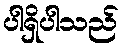
ပါရှိပါသည်